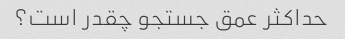
حداکثر عمق جستجو چقدر است؟